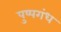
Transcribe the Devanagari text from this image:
पुष्पगंध